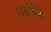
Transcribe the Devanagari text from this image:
गर्वमेंट